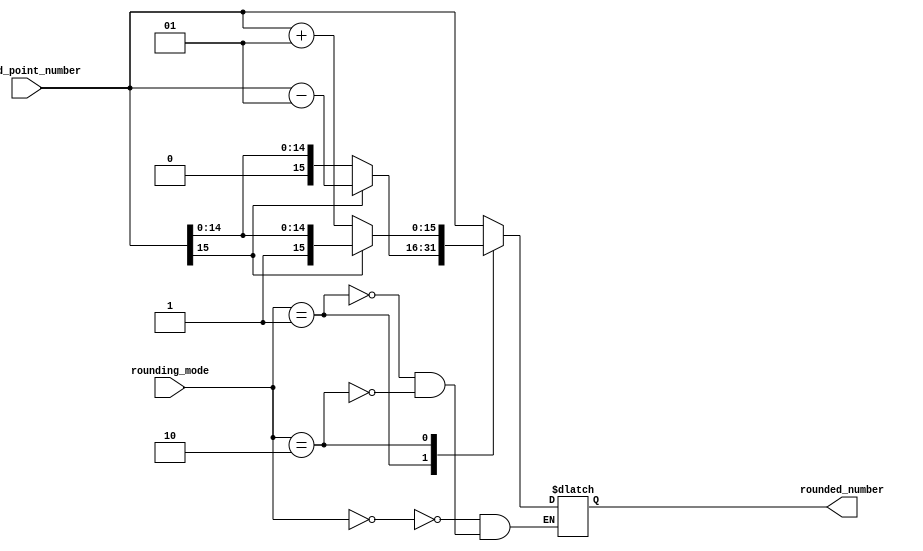
module fixed_point_rounding_unit (
    input wire signed [15:0] fixed_point_number,
    input wire [1:0] rounding_mode, // 00 - round down, 01 - round to nearest, 10 - round up
    output reg [15:0] rounded_number
);

always @(*) begin
    case(rounding_mode)
        2'b00: // Round down
            rounded_number = fixed_point_number;
        2'b01: // Round to nearest
            if(fixed_point_number[15]) // Check if the number is negative
                rounded_number = fixed_point_number - 1;
            else
                rounded_number = fixed_point_number;
        2'b10: // Round up
            if(fixed_point_number[15]) // Check if the number is negative
                rounded_number = fixed_point_number;
            else
                rounded_number = fixed_point_number + 1;
    endcase
end

endmodule